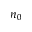
n _ { 0 }